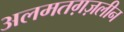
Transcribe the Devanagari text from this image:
अलमतग़ज़लीन